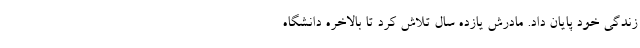
زندگی خود پایان داد. مادرش یازده سال تلاش کرد تا بالاخره دانشگاه